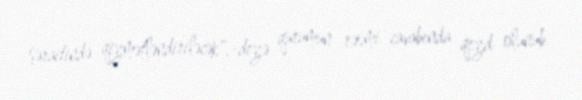
şəraitində qiymətləndiriləcək",-deyə qurumun rəsmi cavabında qeyd olunub.